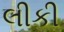
લીકી